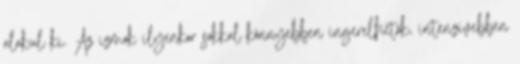
alakul ki. Az izmok ilyenkor sokkal könnyebben ingerelhetők, intenzívebben